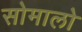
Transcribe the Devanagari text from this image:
सोमालो